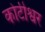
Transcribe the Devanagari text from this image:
कोटीश्वर